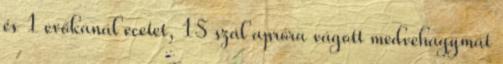
és 1 evőkanál ecetet, 15 szál apróra vágott medvehagymát